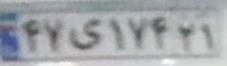
۴۷ی۱۷۴۲۱